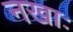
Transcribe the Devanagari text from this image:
नखाः